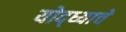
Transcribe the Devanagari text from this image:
योद्ध्याचे